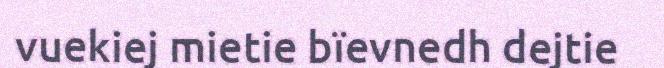
vuekiej mietie bïevnedh dejtie